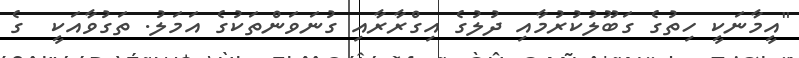
"އީމާނަކީ ހިތުގެ ގަބޫލުކުރުމާއި ދުލުގެ އިގްރާރާއި ގުނަވަންތަކުގެ އަމަލު. ތަގުވާއަކީ  ގެ